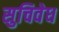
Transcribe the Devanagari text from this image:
सुचिवेध